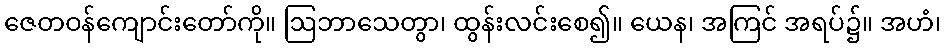
ဇေတဝန်ကျောင်းတော်ကို။ ဩဘာသေတွာ၊ ထွန်းလင်းစေ၍။ ယေန၊ အကြင် အရပ်၌။ အဟံ၊